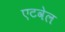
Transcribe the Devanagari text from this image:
एटवेल